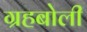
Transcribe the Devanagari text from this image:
ग्रहबोली